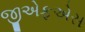
જીએફએસ